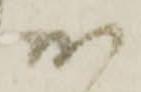
お